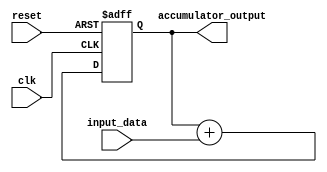
module accumulator(
    input clk,
    input reset,
    input [7:0] input_data,
    output reg [15:0] accumulator_output
);

reg [15:0] accumulator_register;

always @(posedge clk or posedge reset) begin
    if (reset)
        accumulator_register <= 16'h0000; // Initialize accumulator to 0
    else
        accumulator_register <= accumulator_register + input_data;
end

assign accumulator_output = accumulator_register;

endmodule